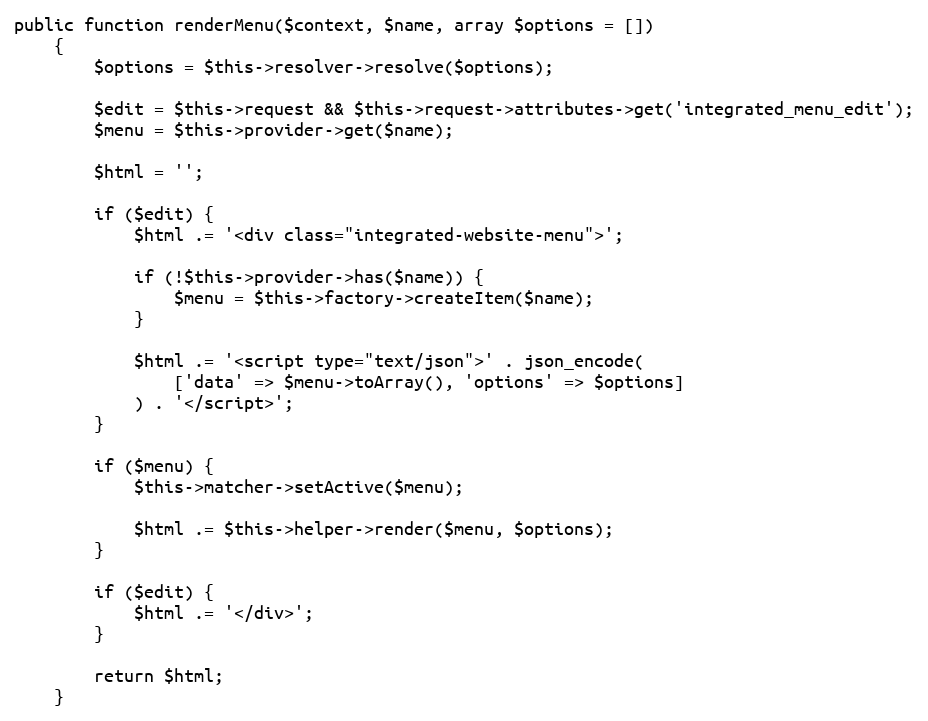
Language: PHP
public function renderMenu($context, $name, array $options = [])
    {
        $options = $this->resolver->resolve($options);

        $edit = $this->request && $this->request->attributes->get('integrated_menu_edit');
        $menu = $this->provider->get($name);

        $html = '';

        if ($edit) {
            $html .= '<div class="integrated-website-menu">';

            if (!$this->provider->has($name)) {
                $menu = $this->factory->createItem($name);
            }

            $html .= '<script type="text/json">' . json_encode(
                ['data' => $menu->toArray(), 'options' => $options]
            ) . '</script>';
        }

        if ($menu) {
            $this->matcher->setActive($menu);

            $html .= $this->helper->render($menu, $options);
        }

        if ($edit) {
            $html .= '</div>';
        }

        return $html;
    }